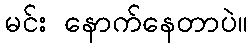
မင်း နောက်နေတာပဲ။